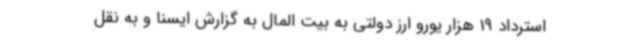
استرداد 19 هزار یورو ارز دولتی به بیت المال به گزارش ایسنا و به نقل